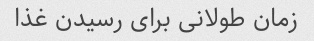
زمان طولانى براى رسیدن غذا